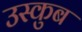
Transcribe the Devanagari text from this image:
उस्कुब